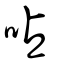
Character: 呫